NAE_Eesti_seltside_protokollid_1900-1917, lk 81
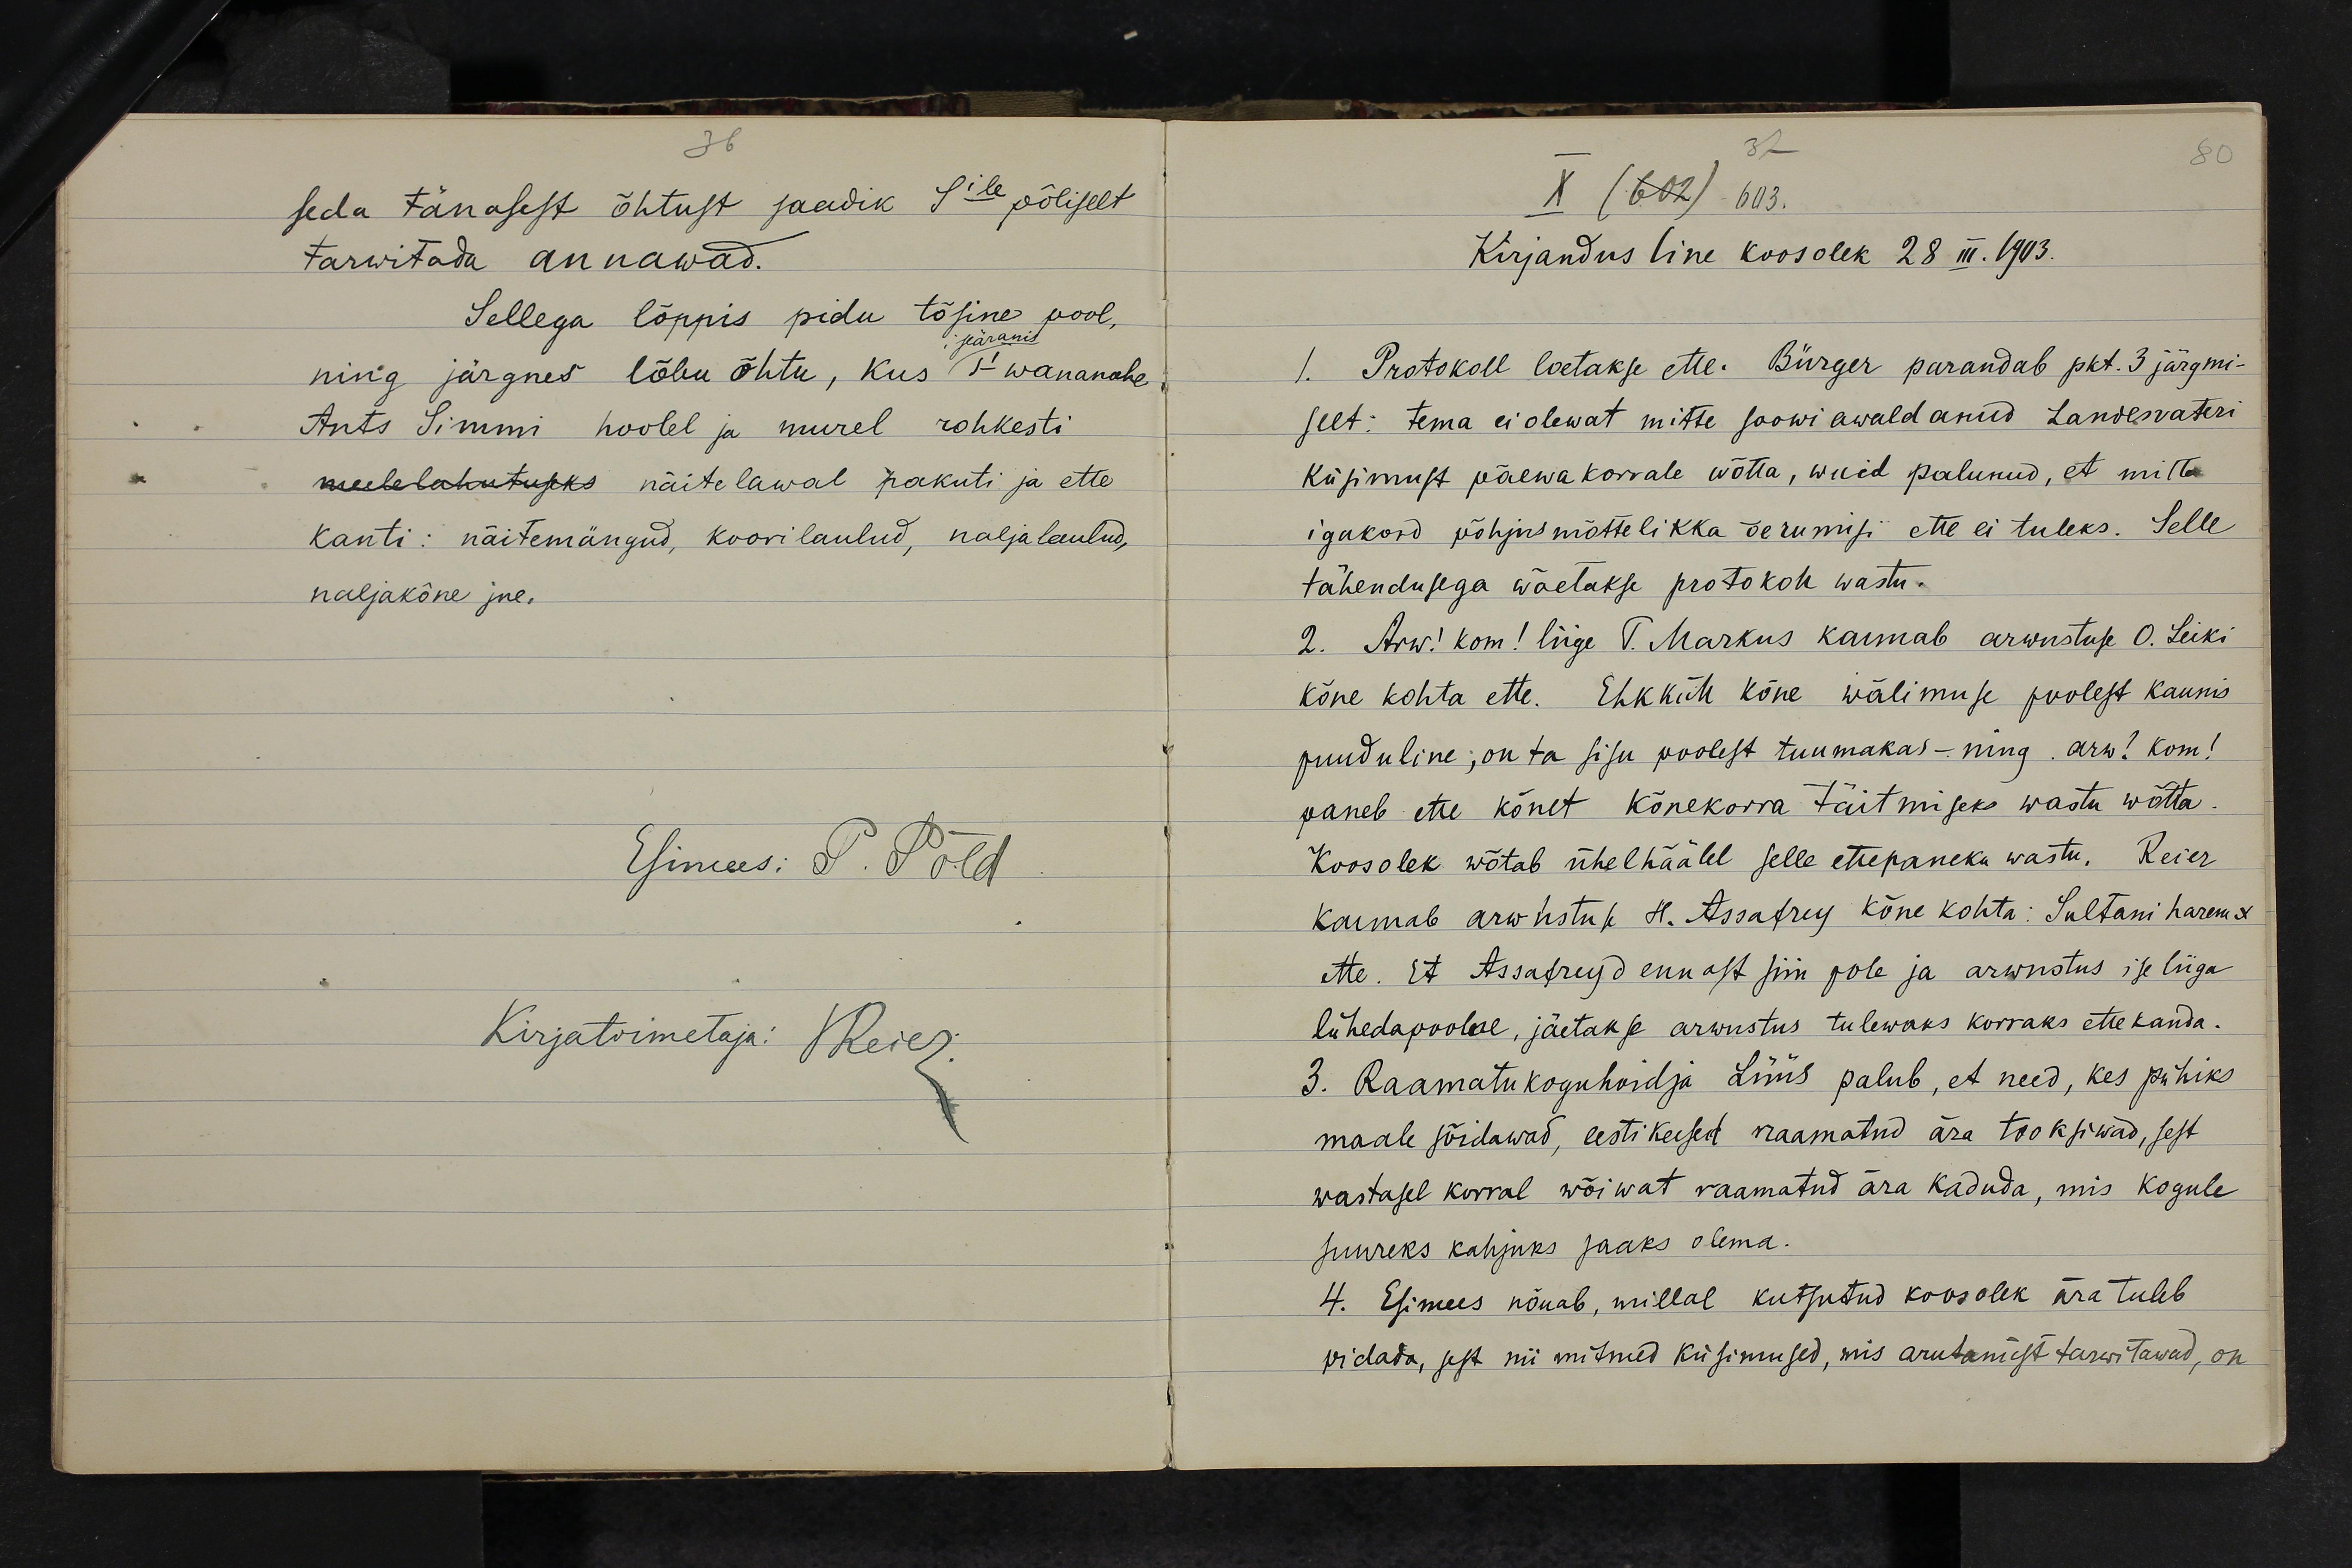
seda tänasest õhtust saadik Sile põliselt
tarwitada annawad.
Sellega lõppis pidu tõsine pool,
iseäranis
ning järgnes lõbu õhtu, kus Si wanamehe
Ants Simmi hoolel ja murel rohkesti
meelelahutuseks näitelawal pakuti ja ette
kanti: näitemängud, koorilaulud, naljalaulud,
naljakõne jne.
Esimees: P. Põld

X (602) 603.
Kirjandusline koosolek 28 III. 1903.
1. Protokoll loetakse ette. Bürger parandab pkt. 3 järgmi-
selt: tema ei olewat mitte soowi awaldanud Landesvateri
küsimust päewakorrale wõtta, waid palunud, et mitte
igakord põhjusmõttelikka õerumisi ette ei tuleks. Selle
tähendusega wõetakse protokoll wastu.
2. Arw! kom! liige T. Markus kannnab arwustuse O. Leiki
kõne kohta ette. Ehk küll kõne wälimuse poolest kaunis
puuduline; on ta sisu poolest tuumakas - ning. arw! kom!
paneb ette kõnet kõnekorra täitmiseks wastu wõtta
Koosolek wõtab ühelhäälel selle ettepaneku wastu. Reier
kannab arwustuse H. Assafrey kõne kohta: Sultani harem x
ette. Et Assafreyd ennast siin pole ja arwustus ise liiga
lühedapoolne, jäetakse arwustus tulewaks korraks ette kanda.
3. Raamatukoguhoidja Lüüs palub, et need, kes pühiks
maale sõidawad, eesti keelsed raamatud ära tooksiwad, sest
wastasel korval wõiwat raamatud ära kaduda, mis kogule
suureks kahjuks saaks olema.
4. Esimees nõuab, millal kutsutud koosolek ära tuleb
pidada, sest nii mitmed küsimused, mis arutamist tarwitawad, on